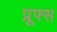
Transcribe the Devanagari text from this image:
प्रूफ्स